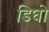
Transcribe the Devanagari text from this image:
डिघो